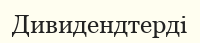
Дивидендтерді